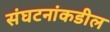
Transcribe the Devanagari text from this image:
संघटनांकडील